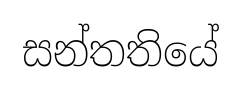
සන්තතියේ